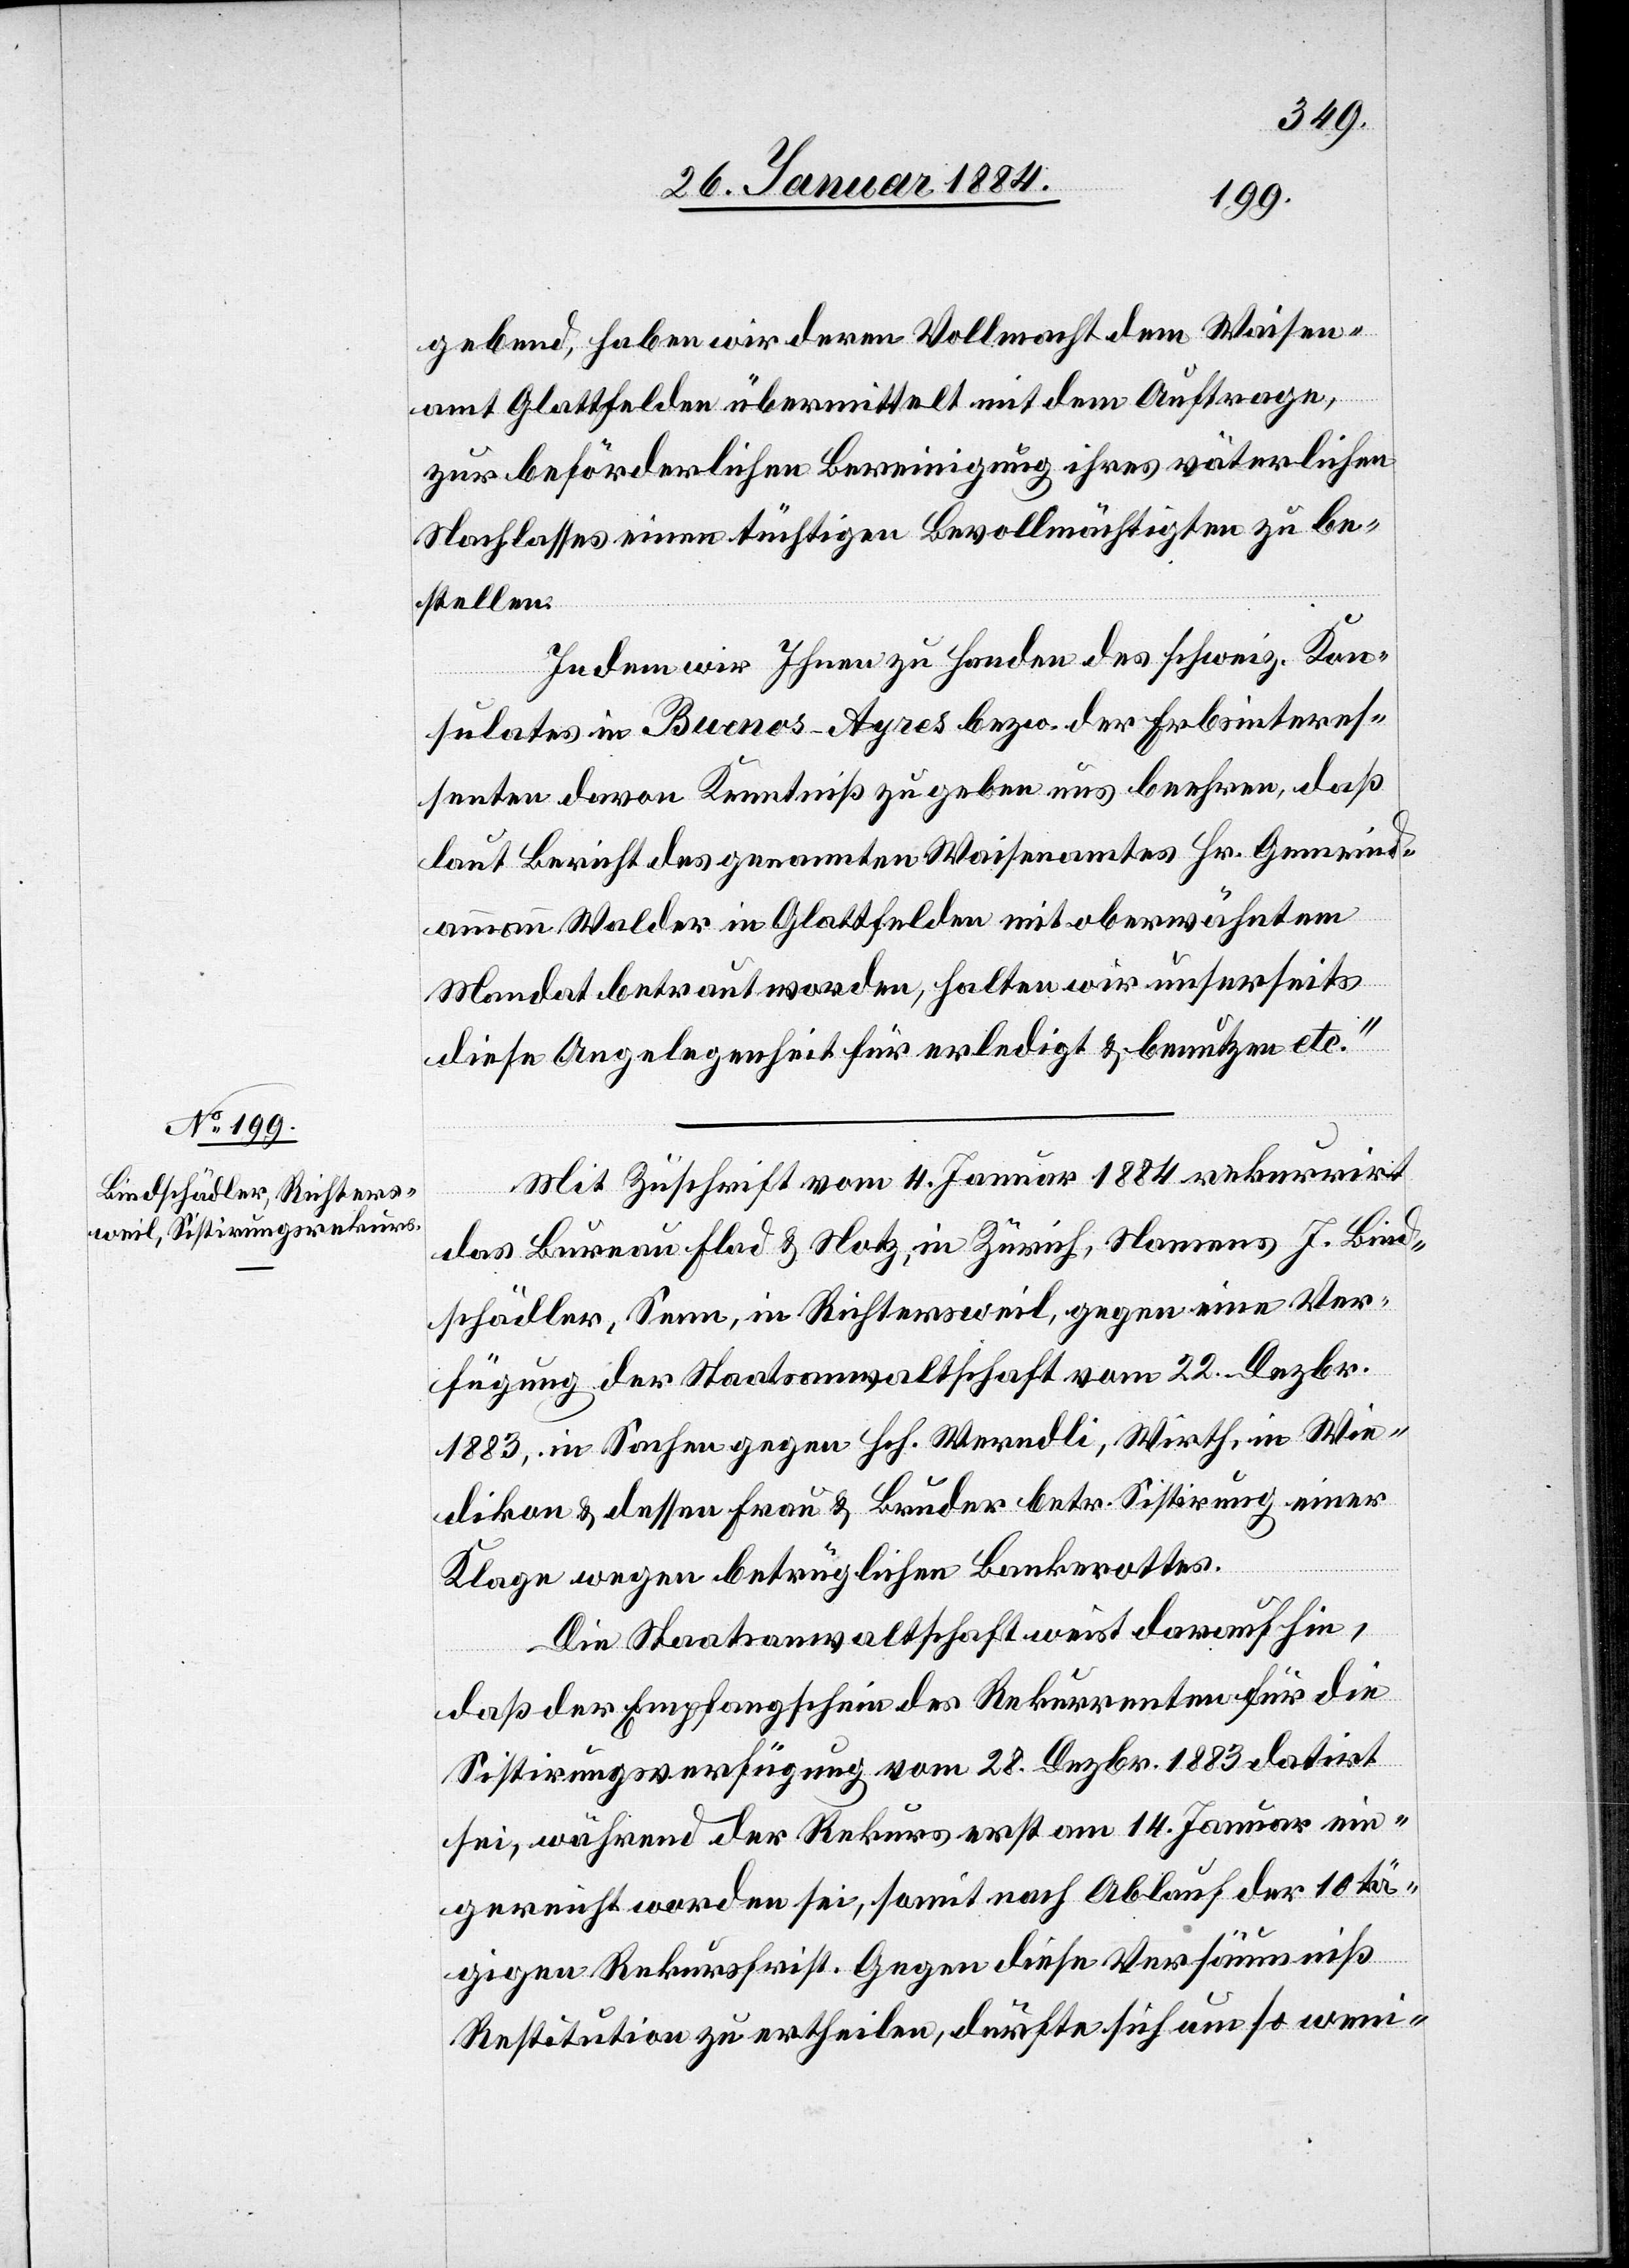
gebend, haben wir deren Vollmacht dem Waisen¬
amt Glattfelden übermittelt mit dem Auftrage,
zur beförderlichen Bereinigung ihres väterlichen
Nachlasses einen tüchtigen Bevollmächtigten zu be¬
stellen.
Indem wir Ihnen zu Handen des schweiz. Kon¬
sulates in Buenos-Ayres bzw. der Erbsinteres¬
senten davon Kenntniß zu geben uns beehren, daß
laut Bericht des genannten Waisenamtes Hr. Gemeinde¬
ammann Walder in Glattfelden mit oberwähntem
Mandat betraut worden, halten wir unserseits
diese Angelegenheit für erledigt & benutzen etc.“
Mit Zuschrift vom 4. Januar 1884 rekurrirt
das Bureau Flad & Notz, in Zürich, Namens J. Bind¬
schädler, Seen, in Richtersweil, gegen eine Ver¬
fügung der Staatsanwaltschaft vom 22. Dezbr.
1883, in Sachen gegen Hch. Werdli, Wirth, in Wie¬
dikon & dessen Frau & Bruder betr. Sistierung einer
Klage wegen betrüglichen Bankerottes.
Die Staatsanwaltschaft weist darauf hin,
daß der Empfangschein des Rekurrenten für die
Sistierungsverfügung vom 28. Dezbr. 1883 datirt
sei, während der Rekurs erst am 14. Januar ein¬
gereicht worden sei, somit nach Ablauf der 10tä¬
gigen Rekursfrist. Gegen dieses Versäumniß
Restitution zu ertheilen, dürfte sich um so weni-